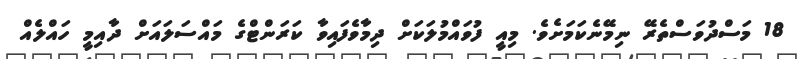
18 މަސްދުވަސްތެރޭ ނިމޭނެކަމަށެވެ. މިއީ ފުވައްމުލަކަށް ދިމާވެފައިވާ ކަރަންޓްގެ މައްސަލައަށް ދާއިމީ ހައްލެއް